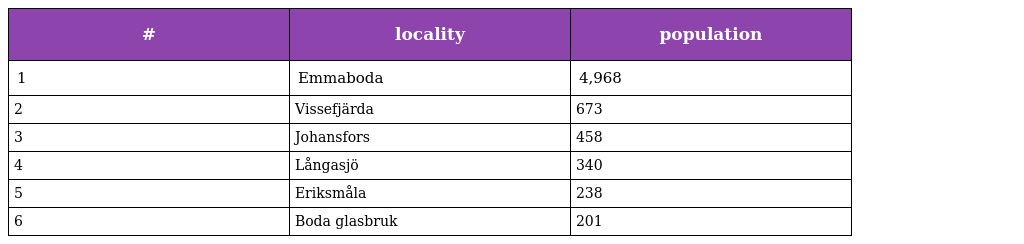
| # | locality | population |
 | --- | --- | --- |
 | 1 | Emmaboda | 4,968 |
 | 2 | Vissefjärda | 673 |
 | 3 | Johansfors | 458 |
 | 4 | Långasjö | 340 |
 | 5 | Eriksmåla | 238 |
 | 6 | Boda glasbruk | 201 |